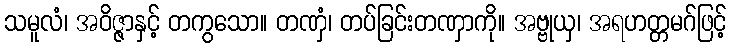
သမူလံ၊ အဝိဇ္ဇာနှင့် တကွသော။ တဏှံ၊ တပ်ခြင်းတဏှာကို။ အဗ္ဗုယှ၊ အရဟတ္တမဂ်ဖြင့်